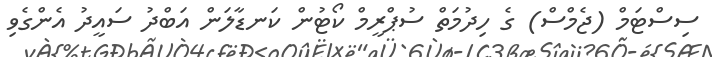
ސިސްޓަމް (ޖެމްސް) ގެ ހިދުމަތް ސުޕްރީމް ކޯޓުން ކަނޑާލަން އަބްދު ސައީދު އެންގެވި